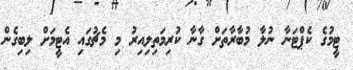
ޓީމުގެ ކެޕްޓަނާ ނުލާ މުބާރާތަށް ގާނާ ކުރިމަތިލިއިރު މި މެޗުގައި އެޓީމަށް ލިބިގެން